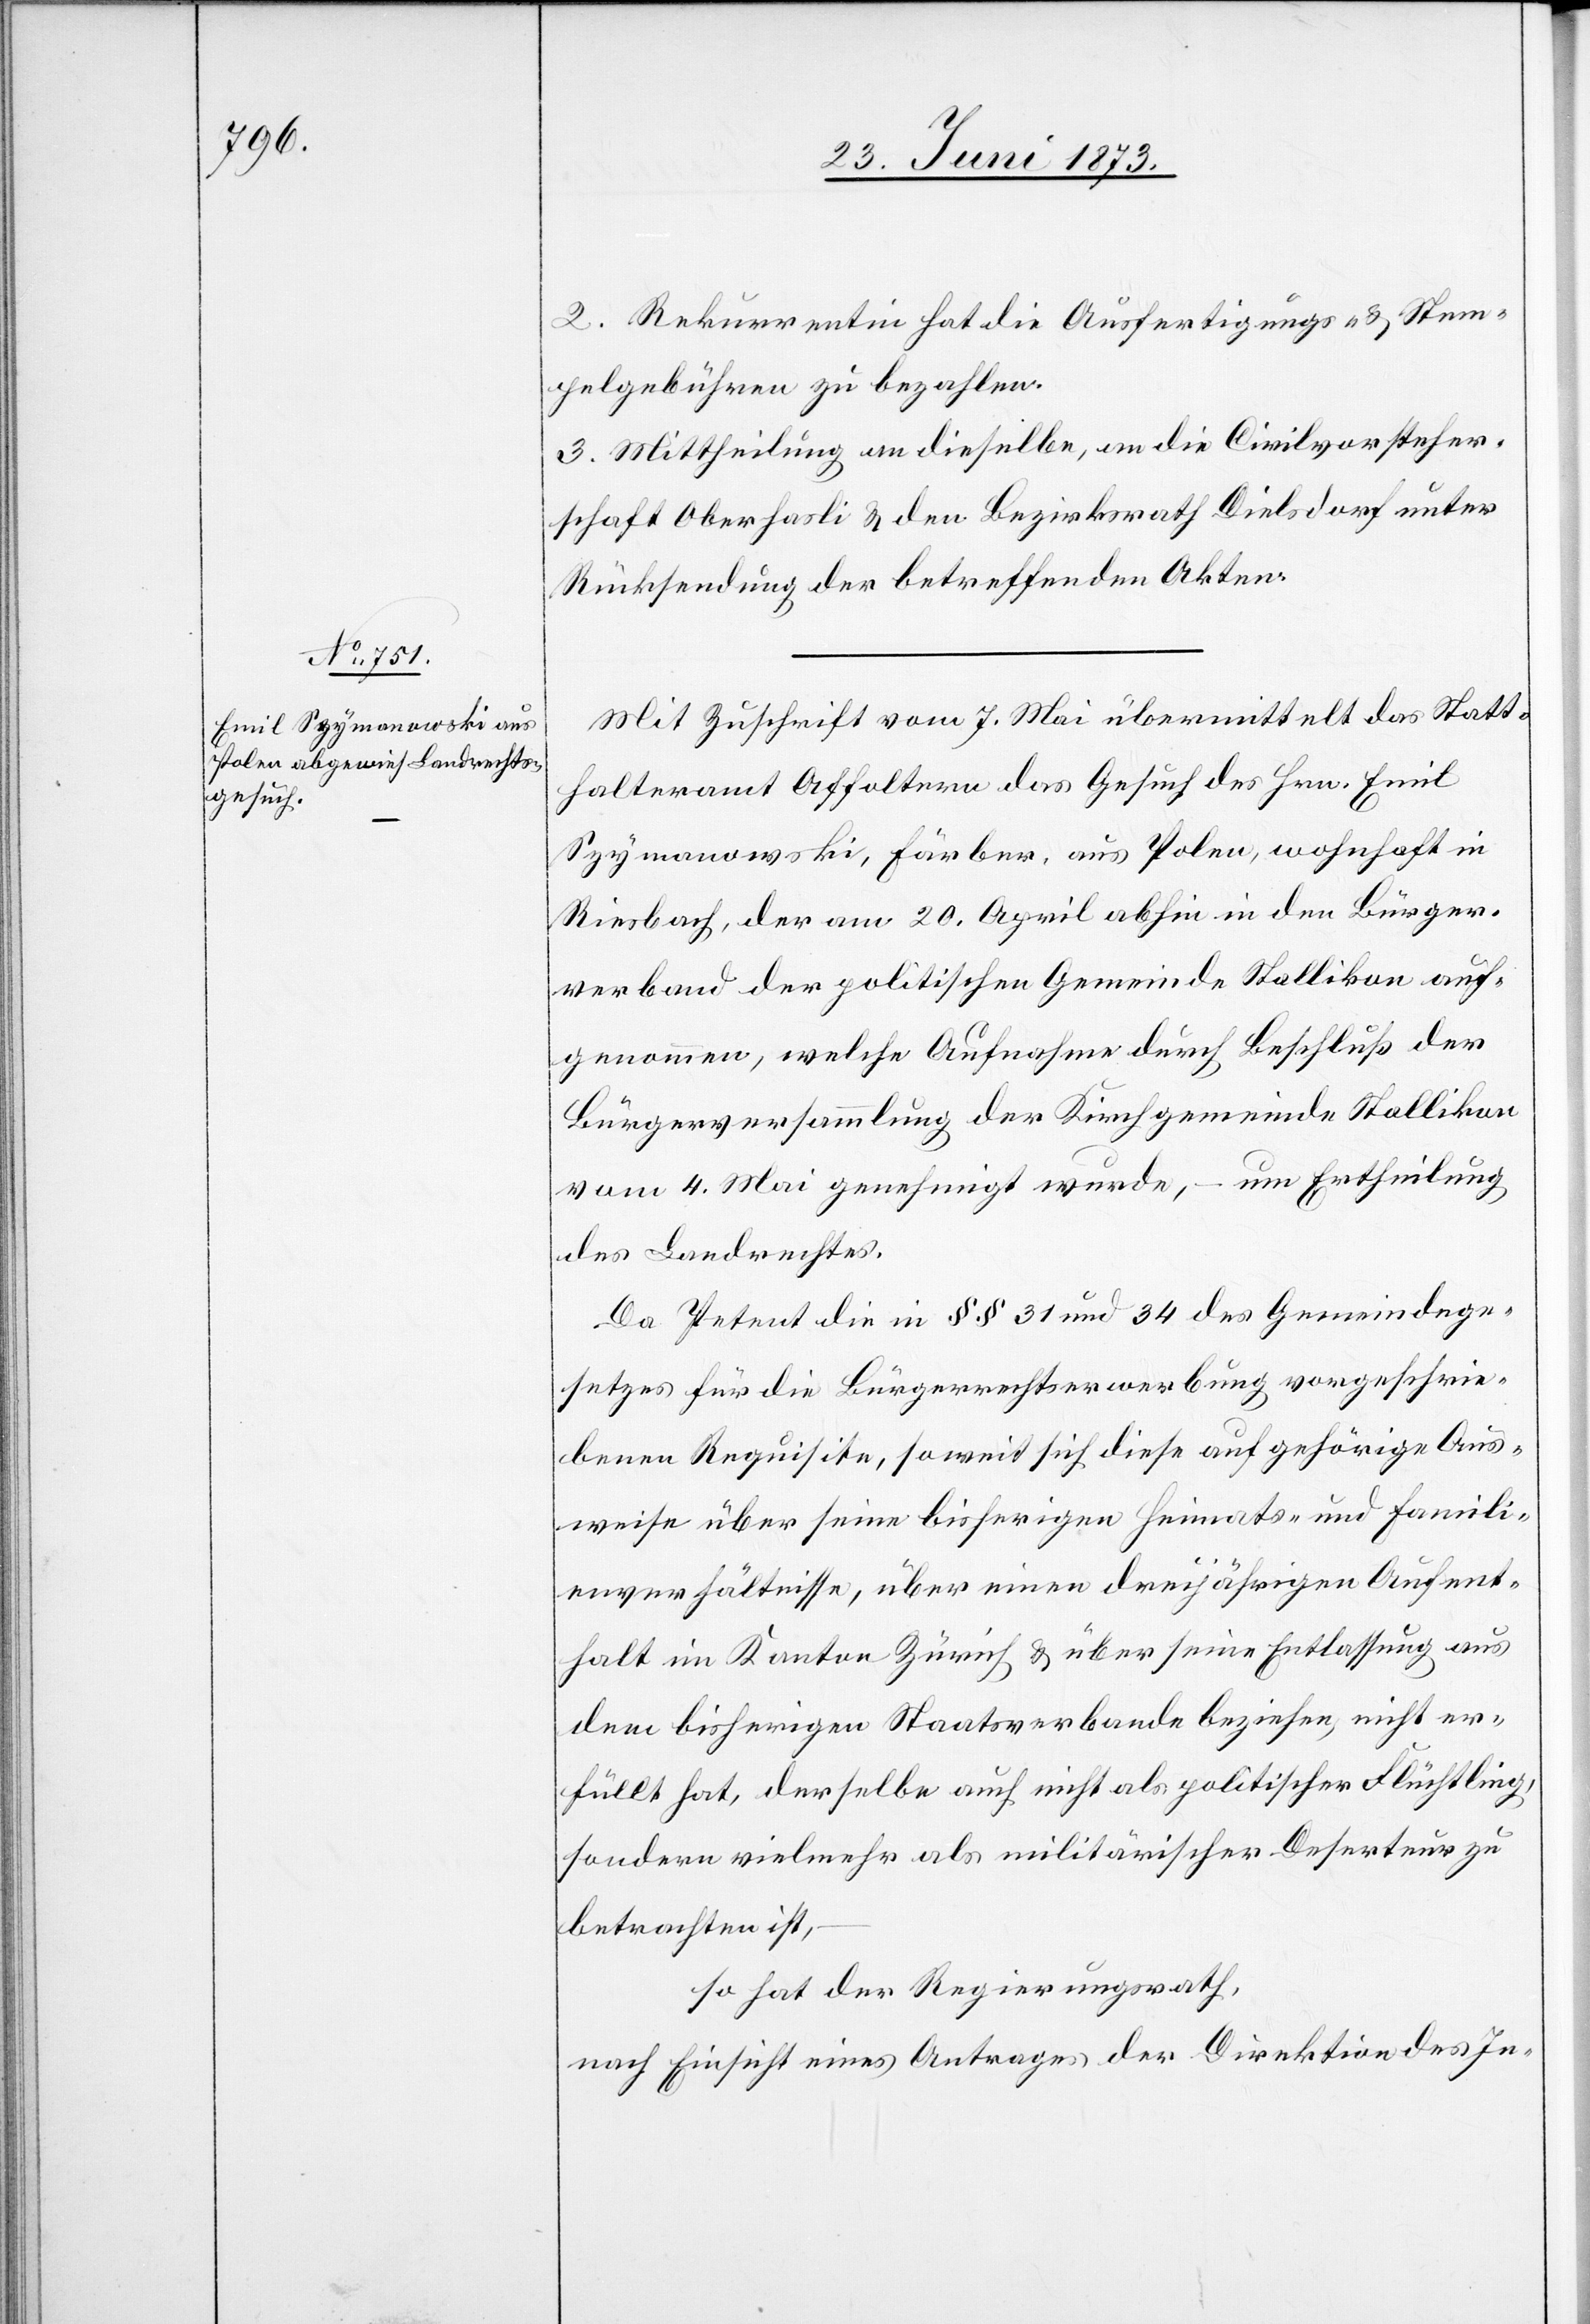
2. Rekurrentin hat die Ausfertigungs- & Stem¬
pelgebühren zu bezahlen.
3. Mittheilung an dieselbe, an die Civilvorsteher¬
schaft Oberhasli & den Bezirksrath Dielsdorf unter
Rücksendung der betreffenden Akten.
Mit Zuschrift vom 7. Mai übermittelt das Statt¬
halteramt Affoltern das Gesuch des Hrn. Emil
Szymanowski, Färber, aus Polen, wohnhaft in
Riesbach, der am 20. April abhin in den Bürger¬
verband der politischen Gemeinde Stallikon auf¬
genommen, welche Aufnahme durch Beschluß der
Bürgerversammlung der Kirchgemeinde Stallikon
vom 4. Mai genehmigt wurde, – um Ertheilung
des Landrechtes.
Da Petent die in §§ 31 und 34 des Gemeindege¬
setzes für die Bürgerrechtserwerbung vorgeschrie¬
benen Requisite, soweit sich diese auf gehörige Aus¬
weise über seine bisherigen Heimats- und Famili¬
enverhältnisse, über einen dreijährigen Aufent¬
halt im Kanton Zürich & über seine Entlassung aus
dem bisherigen Staatsverbande beziehen, nicht er¬
füllt hat, derselbe auch nicht als politischer Flüchtling,
sondern vielmehr als militärischer Deserteur zu
betrachten ist,
so hat der Regierungsrath,
nach Einsicht eines Antrages der Direktion des In-